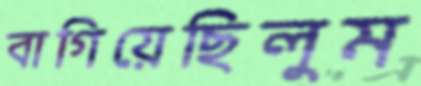
বাগিয়েছিলুম